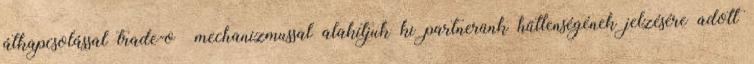
átkapcsolással trade-oﬀ mechanizmussal alakítjuk ki partnerünk hűtlenségének jelzésére adott